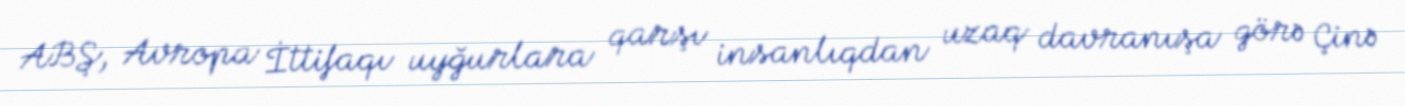
ABŞ, Avropa İttifaqı uyğurlara qarşı insanlıqdan uzaq davranışa görə Çinə